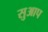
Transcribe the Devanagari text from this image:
सुआप